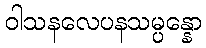
ဝါသနလေပနသမ္ပန္နော